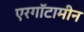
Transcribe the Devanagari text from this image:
एरगॉटामीन